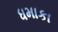
ધમાકા